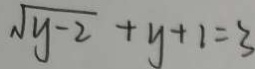
\sqrt { y - 2 } + y + 1 = 3